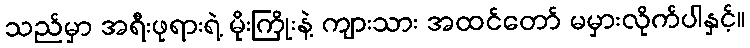
သည်မှာ အရီးဖုရားရဲ့ မိုးကြိုးနဲ့ ကျားသား အထင်တော် မမှားလိုက်ပါနှင့်။